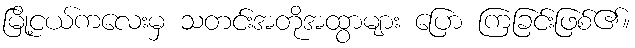
မြို့ငယ်ကလေးမှ သတင်းအတိုအထွာများ ပြော ကြခြင်းဖြစ်၏။